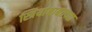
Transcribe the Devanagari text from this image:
स्त्रियांबाबतच्या